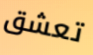
تعشق